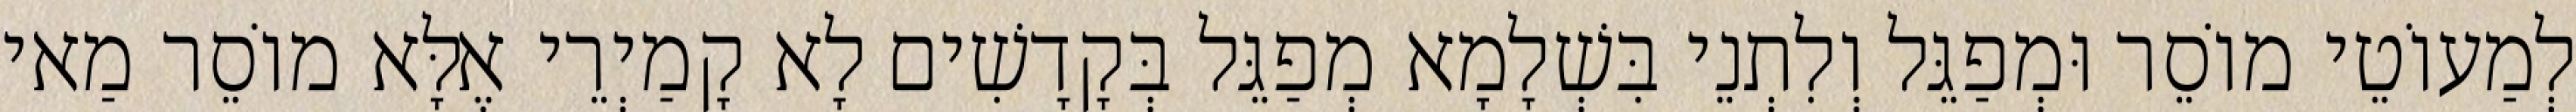
לְמַעוֹטֵי מוֹסֵר וּמְפַגֵּל וְלִתְנֵי בִּשְׁלָמָא מְפַגֵּל בְּקָדָשִׁים לָא קָמַיְרֵי אֶלָּא מוֹסֵר מַאי